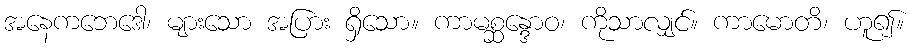
အနေကဘေဒေါ၊ များသော အပြား ရှိသော။ ကာမစ္ဆန္ဒောဝ၊ ကိုသာလျှင်။ ကာမောတိ၊ ဟူ၍။